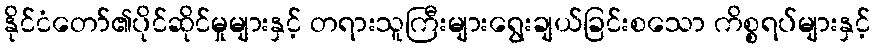
နိုင်ငံတော်၏ပိုင်ဆိုင်မှုများနှင့် တရားသူကြီးများရွေးချယ်ခြင်းစသော ကိစ္စရပ်များနှင့်